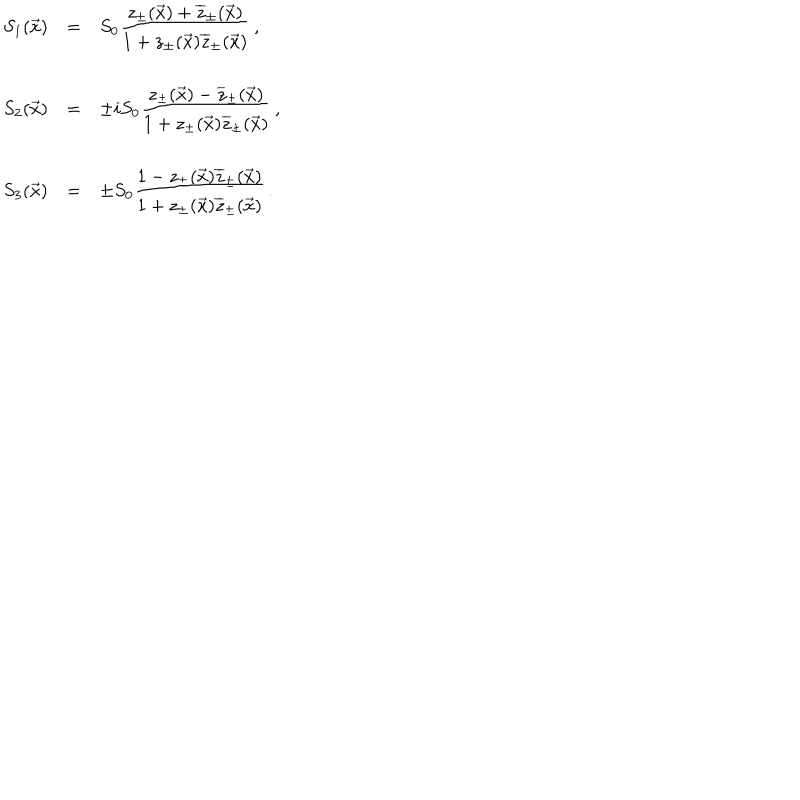
\begin{array} { r c l } { { S _ { 1 } ( \vec { x } ) } } & { { = } } & { { S _ { 0 } \displaystyle \frac { z _ { \pm } ( \vec { x } ) + \overline { { { z } } } _ { \pm } ( \vec { x } ) } { 1 + z _ { \pm } ( \vec { x } ) \overline { { { z } } } _ { \pm } ( \vec { x } ) } \, , } } \\ { { S _ { 2 } ( \vec { x } ) } } & { { = } } & { { \pm i S _ { 0 } \displaystyle \frac { z _ { \pm } ( \vec { x } ) - \overline { { { z } } } _ { \pm } ( \vec { x } ) } { 1 + z _ { \pm } ( \vec { x } ) \overline { { { z } } } _ { \pm } ( \vec { x } ) } \, , } } \\ { { S _ { 3 } ( \vec { x } ) } } & { { = } } & { { \pm S _ { 0 } \displaystyle \frac { 1 - z _ { \pm } ( \vec { x } ) \overline { { { z } } } _ { \pm } ( \vec { x } ) } { 1 + z _ { \pm } ( \vec { x } ) \overline { { { z } } } _ { \pm } ( \vec { x } ) } \, . } } \\ \end{array}